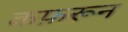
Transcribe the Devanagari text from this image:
कफ़रून